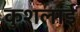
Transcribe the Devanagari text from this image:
कुशलाई